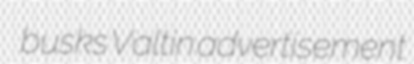
busks Valtin advertisement